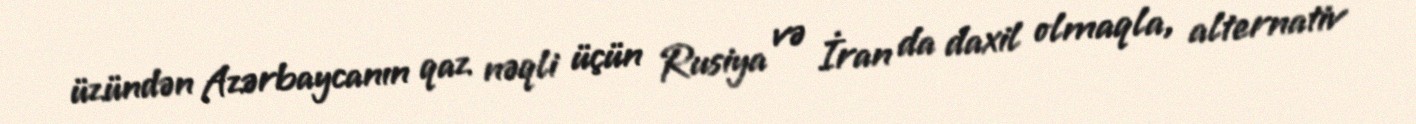
üzündən Azərbaycanın qaz nəqli üçün Rusiya və İran da daxil olmaqla, alternativ